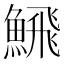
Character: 𩹉